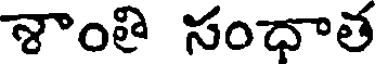
శాంతి సంధాత